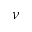
\nu